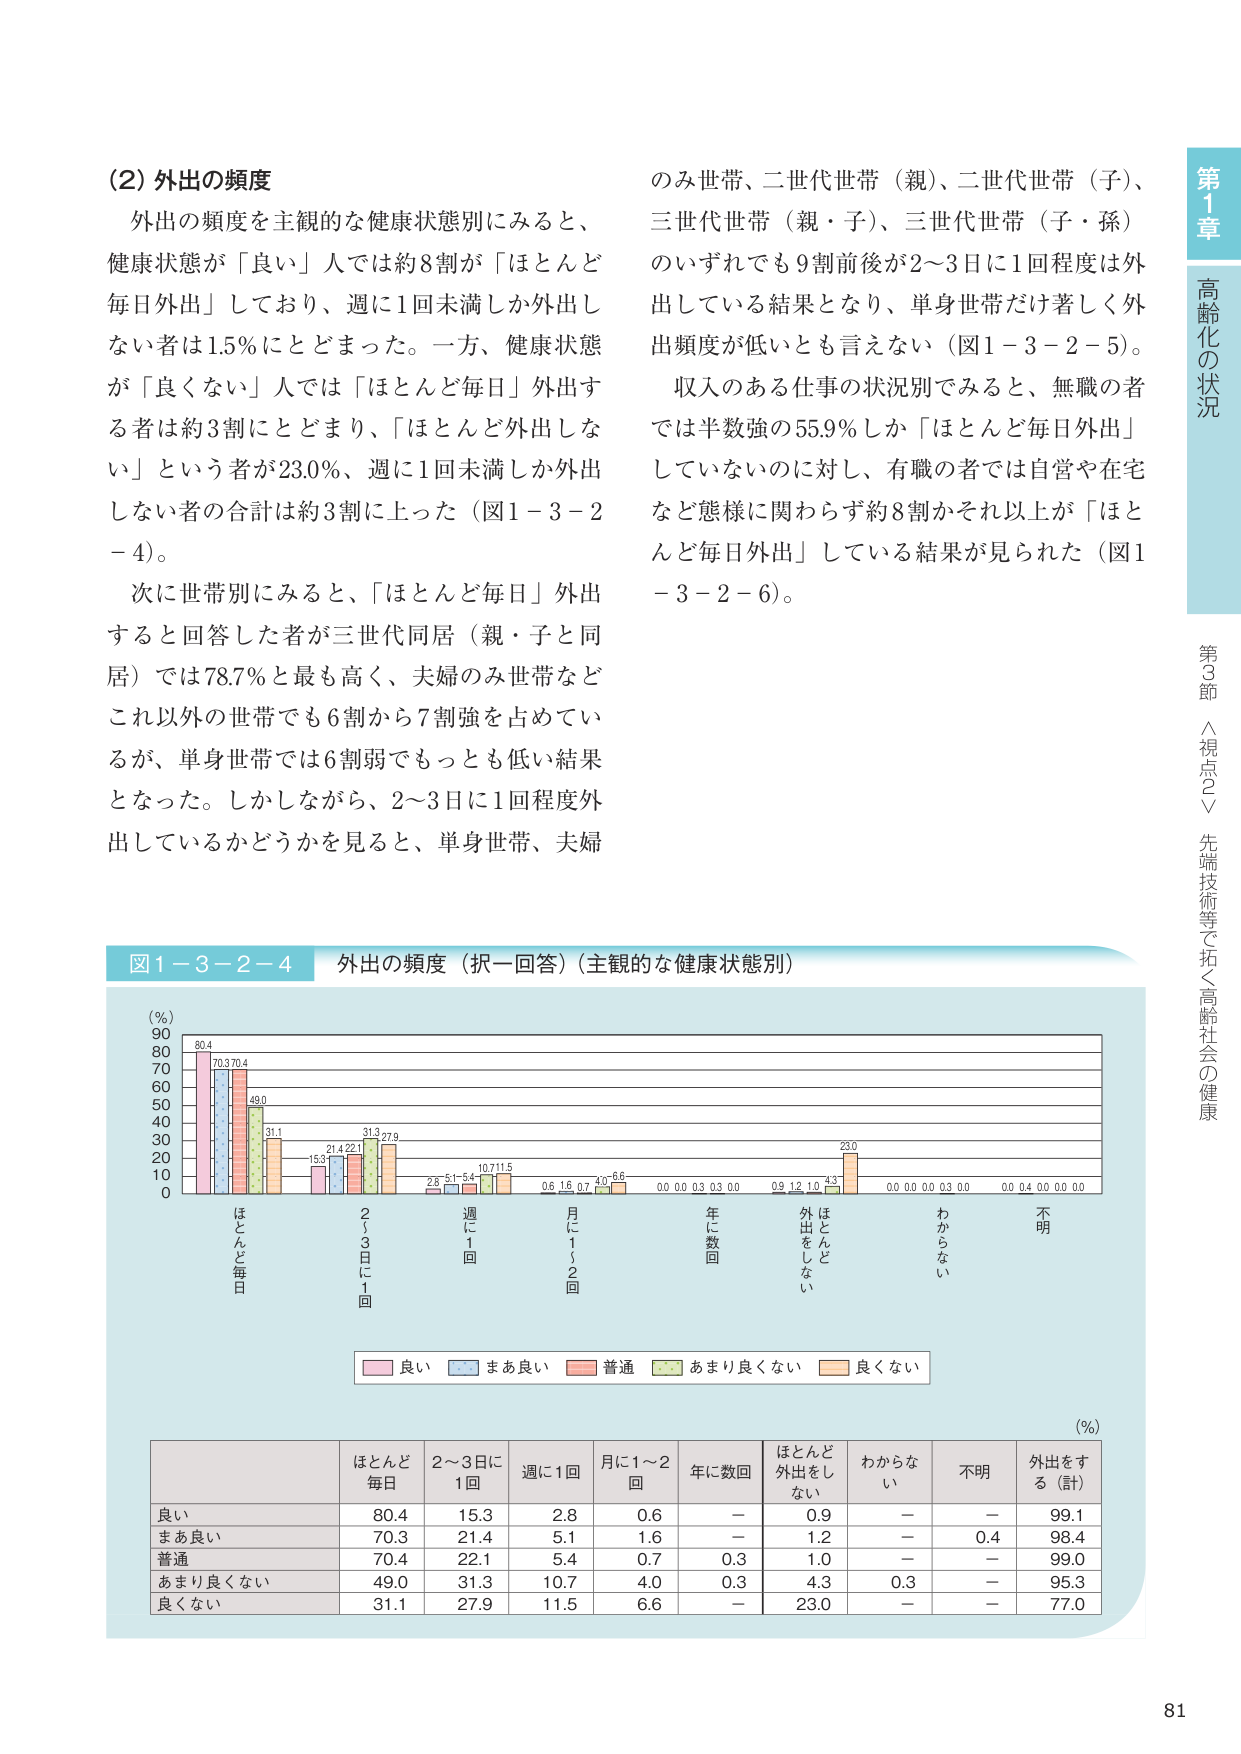
(2) 外出の頻度
外出の頻度を主観的な健康状態別にみると、健康状態が「良い」人では約8割が「ほとんど毎日外出」しており、週に1回未満しか外出しない者は1.5％にとどまった。一方、健康状態が「良くない」人では「ほとんど毎日」外出する者は約3割にとどまり、「ほとんど外出しない」という者が23.0％、週に1回未満しか外出しない者の合計は約3割に上った（図1－3－2－4）。
次に世帯別にみると、「ほとんど毎日」外出すると回答した者が三世代同居（親・子と同居）では78.7％と最も高く、夫婦のみ世帯などこれ以外の世帯でも6割から7割強を占めているが、単身世帯では6割弱でもっとも低い結果となった。しかしながら、2～3日に1回程度外出しているかどうかを見ると、単身世帯、夫婦のみ世帯、二世代世帯（親）、二世代世帯（子）、三世代世帯（親・子）、三世代世帯（子・孫）のいずれでも9割前後が2～3日に1回程度は外出している結果となり、単身世帯だけ著しく外出頻度が低いとも言えない（図1－3－2－5）。
収入のある仕事の状況別でみると、無職の者では半数強の55.9％しか「ほとんど毎日外出」していないのに対し、有職の者では自営や在宅など態様に関わらず約8割かそれ以上が「ほとんど毎日外出」している結果が見られた（図1－3－2－6）。

図1－3－2－4 外出の頻度（択一回答）（主観的な健康状態別）
（％）
80.4
70.3
70.4
49.0
31.1
15.3
21.4
22.1
31.3
27.9
2.8
5.1
5.4
10.7
11.5
0.6
1.6
0.7
4.0
6.6
0.0
0.0
0.3
0.3
0.0
0.5
1.2
1.0
4.3
23.0
0.0
0.0
0.0
0.3
0.0
0.0
0.4
0.0
0.0
0.0
ほとんど毎日
2～3日に1回
週に1回
月に1～2回
年に数回
ほとんど外出をしない
わからない
不明
良い
まあ良い
普通
あまり良くない
良くない
（％）
ほとんど毎日
2～3日に1回
週に1回
月に1～2回
年に数回
ほとんど外出をしない
わからない
不明
外出をする（計）
良い
80.4
15.3
2.8
0.6
－
0.9
－
－
99.1
まあ良い
70.3
21.4
5.1
1.6
－
1.2
－
0.4
98.4
普通
70.4
22.1
5.4
0.7
0.3
1.0
－
－
99.0
あまり良くない
49.0
31.3
10.7
4.0
0.3
4.3
0.3
－
95.3
良くない
31.1
27.9
11.5
6.6
－
23.0
－
－
77.0

第1章 高齢化の状況
第3節 〈視点2〉先端技術等で拓く高齢社会の健康
81